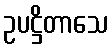
ဥပဋ္ဌိတာသေ